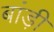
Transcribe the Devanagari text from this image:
बांड़ी